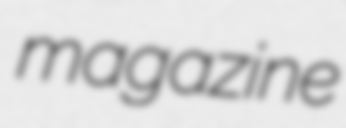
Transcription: magazine